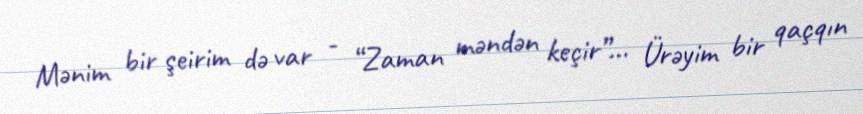
Mənim bir şeirim də var - “Zaman məndən keçir”... Ürəyim bir qaçqın